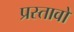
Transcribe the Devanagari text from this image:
प्रस्तावो